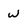
Character: w